Annual report of the Bengal Veterinary College and of the Civil Veterinary Department, Bengal, for the year 1909-1910 - 1909-1910
Year: 1909
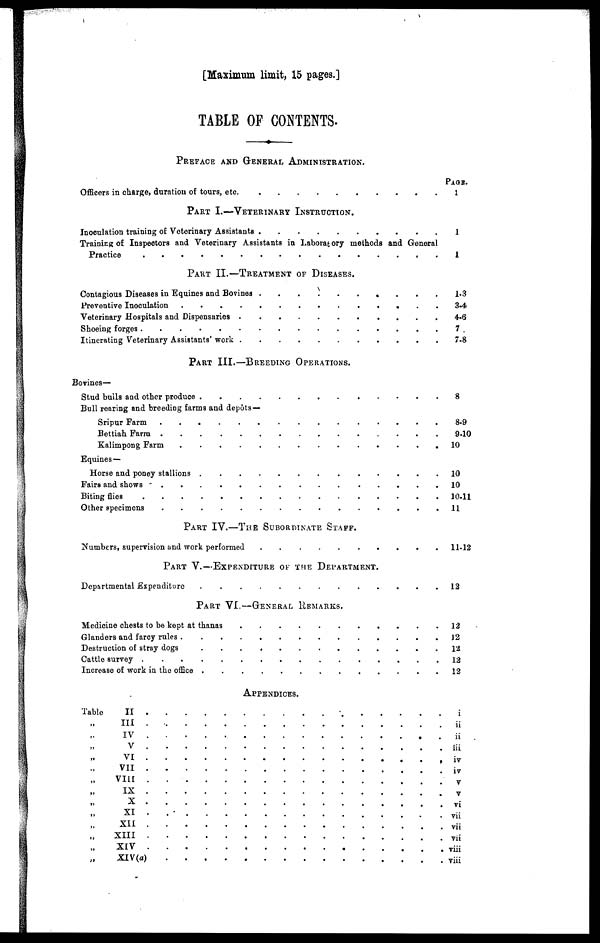
[Maximum limit, 15 pages.]
TABLE OF CONTENTS.
PREFACE AND GENERAL ADMINISTRATION.
Officers in charge, duration to tours, etc. . . . . . . . . . .
PART I.—VETERINARY INSTRUCTION.
Inoculation training of Veterinary Assistants
.
.
.
.
.
.
.
.
.
.
Training of Inspectors and Veterinary Assistants in Laboratory methods and General
Practice . . . . . . . . . .
PART II.—TREATMENT OF DISEASES.
Contagious Diseases in Equines and Bovines
.
.
.
.
.
.
.
.
.
.
Preventive Inoculation . . . . . . . . . .
Veterinary Hospitals and Dispensaries . . . . . . . . . .
Shoeing forges . . . . . . . . . .
Itinerating Veterinary Assistants work . . . . . . . . . .
PART III.—BREEDING OPERATIONS.
Bovines—
Stud bulls and other produce . . . . . . . . . .
Bull rearing and breeding farms and depots—
Sripur Farm . . . . . . . . . .
Bettiah Farm . . . . . . . . . .
Kalimpong Farm . . . . . . . . . .
Equines—
Horse and poney stallions . . . . . . . . . .
Fairs and shows . . . . . . . . . .
Biting flies . . . . . . . . . .
Other specimens . . . . . . . . . .
PART IV.—THE SUBORDINATE STAFF.
Numbers, supervision and work performed . . . . . . . . . .
PART V.—EXPENDITURE OF THE DEPARTMENT.
Departmental Expenditure . . . . . . . . . .
PART VI.—GENERAL REMARKS.
Medicine chests to be kept at thanas . . . . . . . . . .
Glanders and farcy rules . . . . . . . . . .
Destruction of stray dogs . . . . . . . . . .
Cattle survey . . . . . . . . . .
Increase of work in the office . . . . . . . . . .
APPENDICES.
Table
II
.
.
.
.
.
.
.
.
.
.
„
III
.
.
.
.
.
.
.
.
.
.
„ IV
.
.
.
.
.
.
.
.
.
.
„ V
.
.
.
.
.
.
.
.
.
.
„ VI
.
.
.
.
.
.
.
.
.
.
„ VII
.
.
.
.
.
.
.
.
.
.
„
VIII
.
.
.
.
.
.
.
.
.
.
„ IX
.
.
.
.
.
.
.
.
.
.
„ X
.
.
.
.
.
.
.
.
.
.
„ XI
.
.
.
.
.
.
.
.
.
.
„ XII
.
.
.
.
.
.
.
.
.
.
„ XIII
.
.
.
.
.
.
.
.
.
.
„ XIV
.
.
.
.
.
.
.
.
.
.
„ XIV(a)
.
.
.
.
.
.
.
.
.
.
PAGE.
1
1
1
1-3
3-4
4-6
7
7-8
8
8-9
9-10
10
10
10
10-11
11
11-12
12
12
12
12
12
12
i
ii
ii
iii
iv
iv
v
V
vi
vii
vii
vii
viii
viii